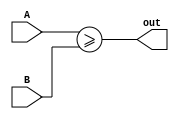
module ge8(output wire out, input wire [7:0] A, input wire [7:0] B);

   assign out = A >= B;

endmodule